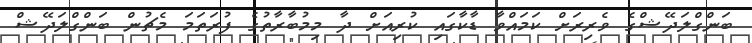
ބަންގްލަދޭޝްގެ ވެރިރަށް ކަމައްވާ ޑާކާގައި ކުރިއަށް ދާ މިމުބާރާތުގެ ފުރަތަމަ މެޗުން ބަންގްލަދޭޝް